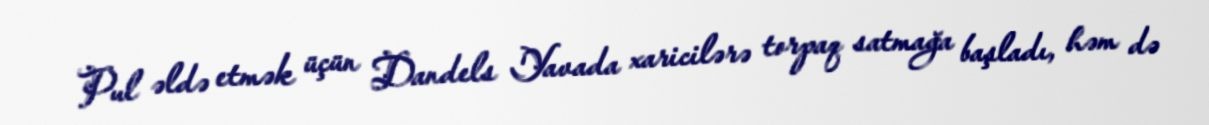
Pul əldə etmək üçün Dandels Yavada xaricilərə torpaq satmağa başladı, həm də